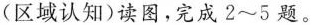
(区域认知)读图，完成2~5题。